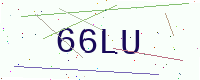
Text: 66LU